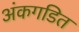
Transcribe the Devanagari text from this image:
अंकगडित